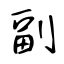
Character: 副